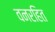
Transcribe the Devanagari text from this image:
वनरहित